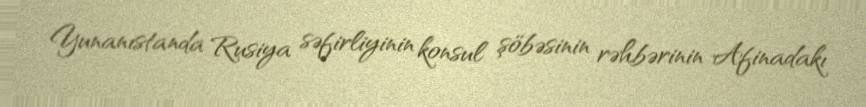
Yunanıstanda Rusiya səfirliyinin konsul şöbəsinin rəhbərinin Afinadakı